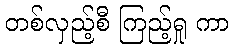
တစ်လှည့်စီ ကြည့်ရှု ကာ